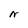
Character: N